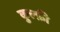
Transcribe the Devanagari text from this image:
कुल्फ़ी